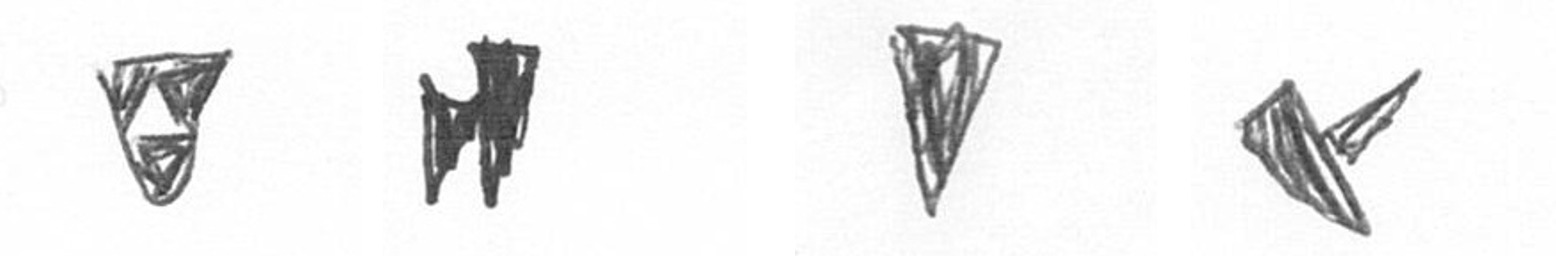
S M J F